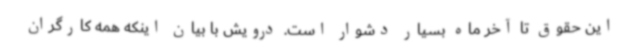
این حقوق تا آخر ماه بسیار دشوار است. درویش با بیان اینکه همه کارگران